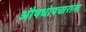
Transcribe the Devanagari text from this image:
औषधोपचारांना